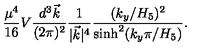
{ \frac { \mu ^ { 4 } } { 1 6 } } V { \frac { d ^ { 3 } \vec { k } } { ( 2 \pi ) ^ { 2 } } } { \frac { 1 } { | \vec { k } | ^ { 4 } } } { \frac { ( k _ { y } / H _ { 5 } ) ^ { 2 } } { \mathrm { s i n h } ^ { 2 } ( k _ { y } \pi / H _ { 5 } ) } } .